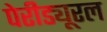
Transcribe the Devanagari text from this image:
पेरीड्यूरल